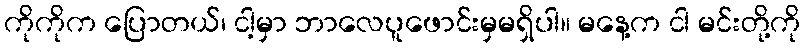
ကိုကိုက ပြောတယ်၊ ငါ့မှာ ဘာလေပူဖောင်းမှမရှိပါ။ မနေ့က ငါ မင်းတို့ကို